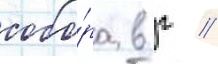
собо́ра в г //